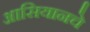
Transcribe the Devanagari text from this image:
आसियानचे